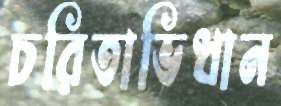
চরিতাভিধান